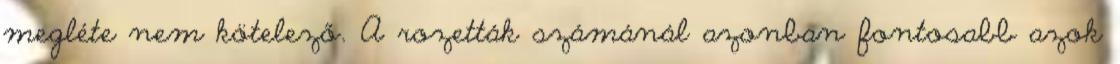
megléte nem kötelező. A rozetták számánál azonban fontosabb azok